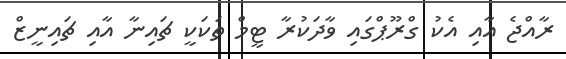
ރާއްޖެ އާއި އެކު ގްރޫޕްގައި ވާދަކުރާ ޓީމް ތަކަކީ ޗައިނާ އާއި ޗައިނީޒް